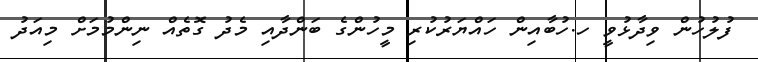
ފުލުހުން ވިދާޅުވީ ހ.ހުބާއިން ހައްޔަރުކުރި މީހުންގެ ބަންދާއި މެދު ގޮތެއް ނިންމުމަށް މިއަދު